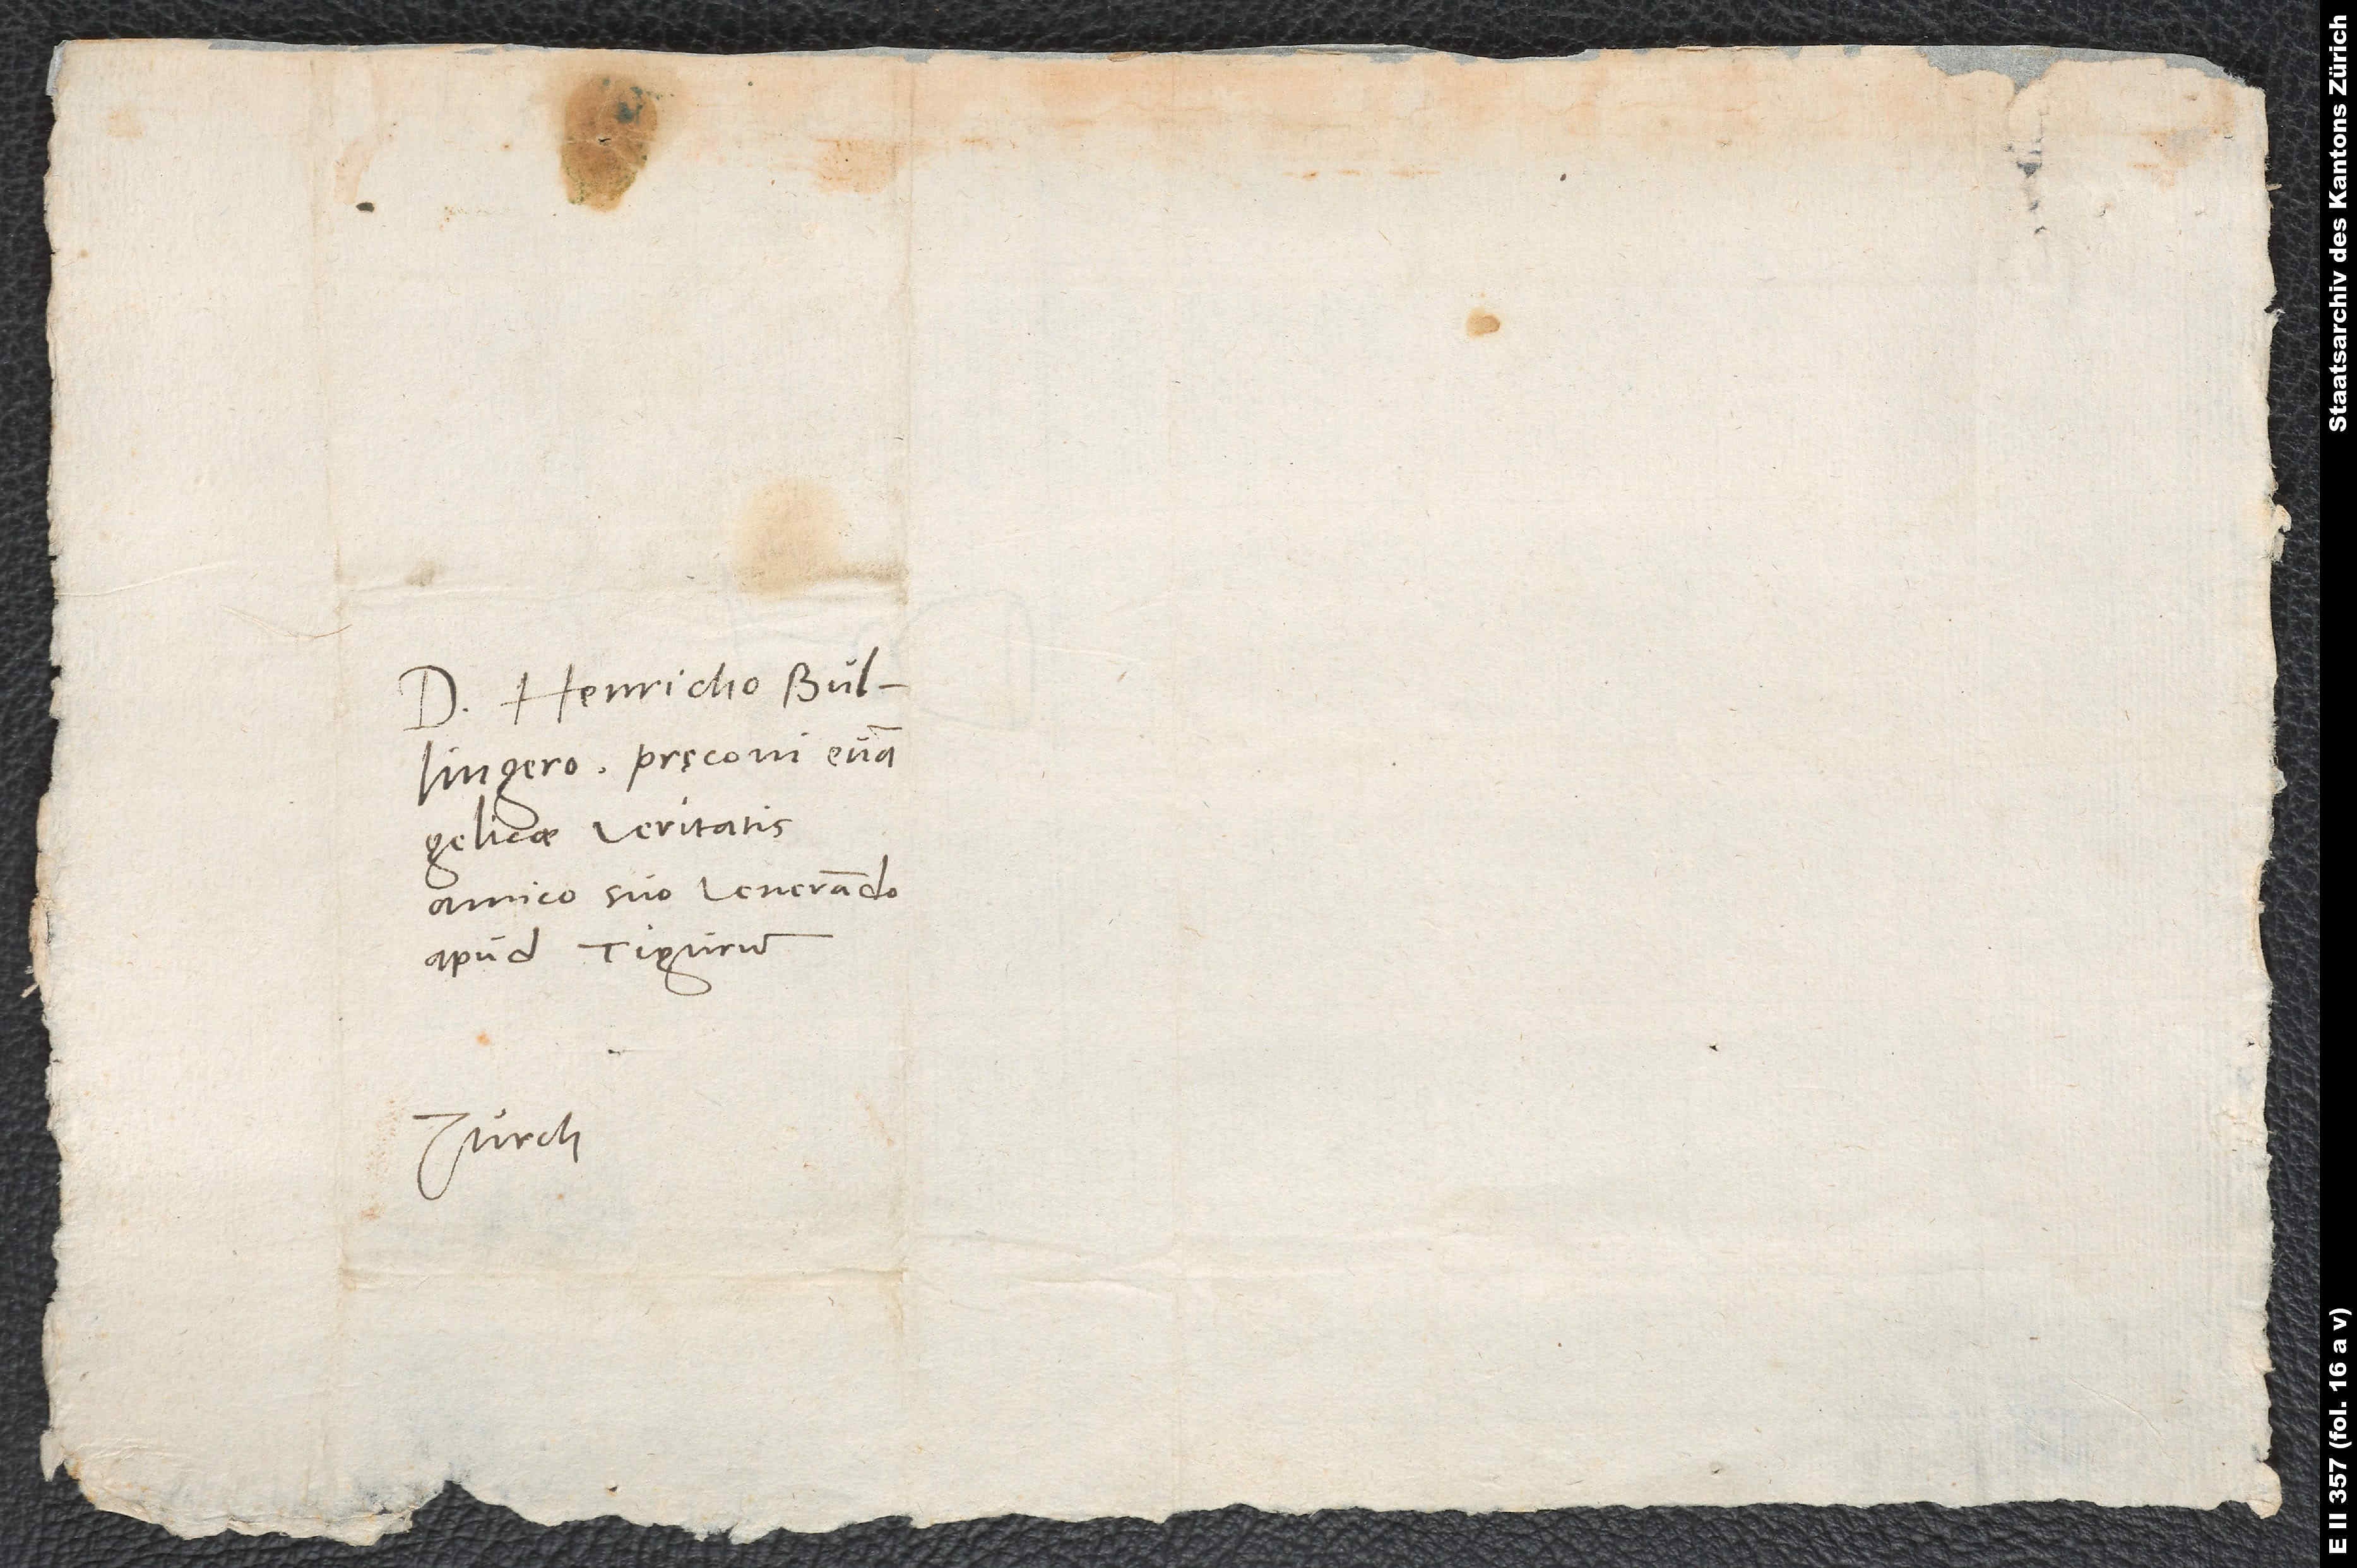
Domino Henricho Bullingero,
evangelicae veritatis,
amico suo venerando
apud Tigurum.
Zurch.